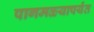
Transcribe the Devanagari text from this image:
पागमळ्यापर्यंत